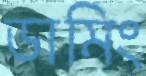
ডামিং